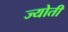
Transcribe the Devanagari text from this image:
ज्‍योती